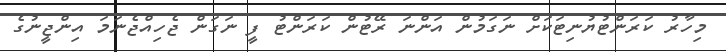
މިހާރު ކަރަންޓުޔުނިޓަކަށް ނަގަމުން އަންނަ ރޭޓުން ކަރަންޓު ފީ ނަގަން ޖެހިއްޖެނަމަ އިންޖީނުގެ